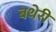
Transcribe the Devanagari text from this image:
बथेरी